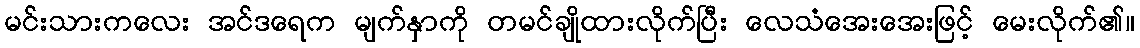
မင်းသားကလေး အင်ဒရေက မျက်နှာကို တမင်ချိုထားလိုက်ပြီး လေသံအေးအေးဖြင့် မေးလိုက်၏။